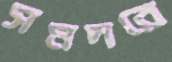
সমদরে